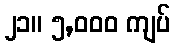
၂၁။ ၅,၀၀၀ ကျပ်